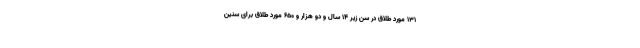
۱۳۱ مورد طلاق در سن زیر ۱۴ سال و دو هزار و ۶۵۰ مورد طلاق برای سنین